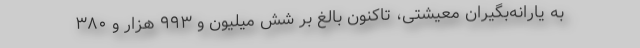
به یارانه‌بگیران معیشتی، تاکنون بالغ بر شش میلیون و ۹۹۳ هزار و ۳۸۰